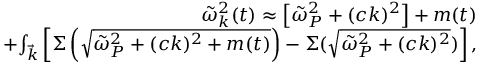
\begin{array} { r l r } & { } & { \tilde { \omega } _ { k } ^ { 2 } ( t ) \approx \left[ \tilde { \omega } _ { P } ^ { 2 } + ( c k ) ^ { 2 } \right] + m ( t ) } \\ & { ~ } & { + { \int _ { \vec { k } } } \left[ \Sigma \left( \sqrt { \tilde { \omega } _ { P } ^ { 2 } + ( c k ) ^ { 2 } + m ( t ) } \right) - \Sigma ( \sqrt { \tilde { \omega } _ { P } ^ { 2 } + ( c k ) ^ { 2 } } ) \right] , } \end{array}